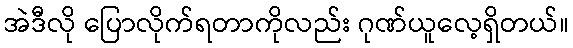
အဲဒီလို ပြောလိုက်ရတာကိုလည်း ဂုဏ်ယူလေ့ရှိတယ်။